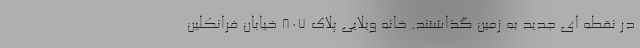
در نقطه ای جدید به زمین گذاشتند. خانه ویلایی پلاک 807 خیابان فرانکلین